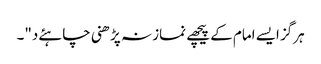
ہرگز ایسے امام کے پیچھے نماز نہ پڑھنی چاہئےد"۔